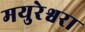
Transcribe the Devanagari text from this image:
मयुरेश्वरा